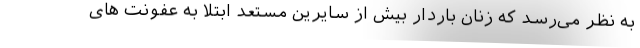
به نظر می‌رسد که زنان باردار بیش از سایرین مستعد ابتلا به عفونت های